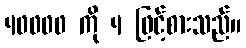
40000 ကို 4 ဖြင့်စားသည်။